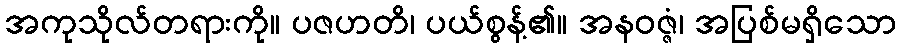
အကုသိုလ်တရားကို။ ပဇဟတိ၊ ပယ်စွန့်၏။ အနဝဇ္ဇံ၊ အပြစ်မရှိသော